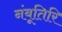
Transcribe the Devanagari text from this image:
नंबूतिरि